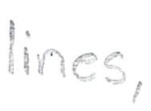
Text: lines,
Cross-out: clean
Writing tool: pencil